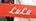
lulu